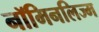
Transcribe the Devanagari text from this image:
नॉमिनलिज्म